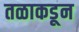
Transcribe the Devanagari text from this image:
तळाकडून